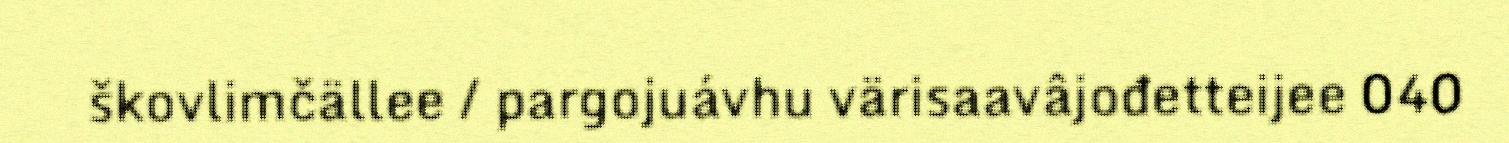
škovlimčällee / pargojuávhu värisaavâjođetteijee 040